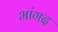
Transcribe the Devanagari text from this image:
भांगद